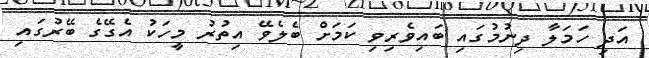
އަދި ހަމަލާ ދިނުމުގައި ބައިވެރިވި ކަމަށް ބެލެވޭ އިތުރު މީހަކު އެގޭގެ ބޭރުގައި